Medical and sanitary report of the native army of Bengal for the year
Year: 1877
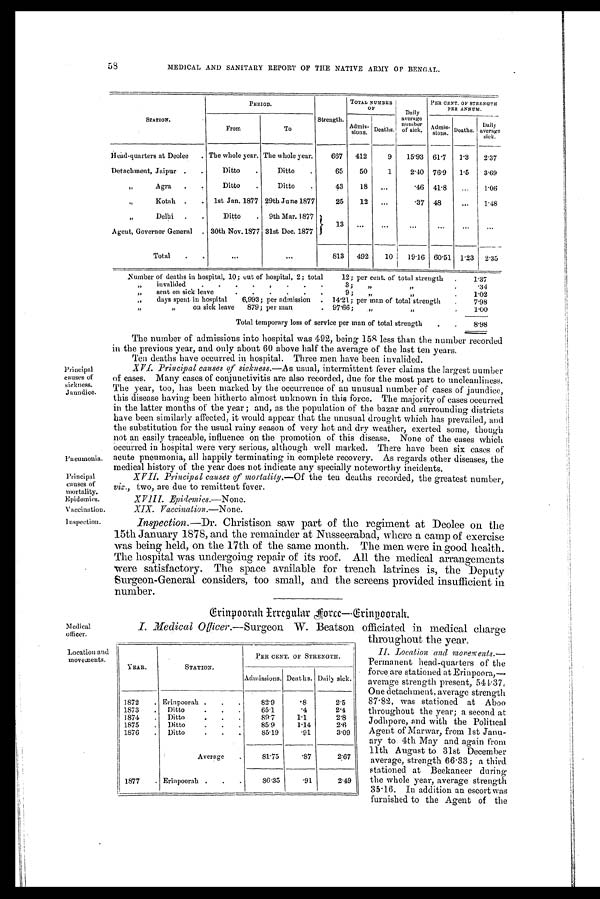
Principal
causes of
sickness.
Jaundice.
Pneumonia.
Principal
causes of
mortality.
Epidemics.
Vaccination.
Inspection.
Medical
officer.
YEAR.
STATION.
PER CENT. or STRENGTH.
Admissions. Deaths. Daily sick.
1872
.
Erinpoorah .
.
.
82.9
.8
2.5
1873
.
Ditto
. . .
65.1
.4
2.4
1874
.
Ditto
. . .
89.7
1.1
2.8
1875
.
Ditto
.
.
.
85.9
1.14
2.6
1876
.
Ditto
. . .
85.19
.91
3.09
Average
.
81.75
.87
2.67
1877
. Erinpoorah
.
.
.
86.35
.91
2.49
Location and
movements.
58
MEDICAL AND SANITARY REPORT OF THE NATIVE ARMY OF BENGAL.
STATION.
PERIOD.
Strength.
TOTAL NUMBER
OF
Daily
average
number
of sick.
PER CENT. OF STRENGTH
PER ANNUM.
From
To
Admis-
sions.
Deaths.
Admis-
sions.
Deaths.
Daily
average
sick.
Head-quarters at Deolee
. The whole year. The whole year.
667
412
9
15.93
61.7
1.3
2.37
Detachment, Jaipur
.
.
Ditto
.
Ditto
.
65
50
1
2.40
76.9
1.5
3.69
„
Agra
.
Ditto
.
Ditto
43
18
...
. 4 6
41.8
...
1.06
„
Kotah
.
.
1st Jan. 1877
29th June 1877
25
12
...
. 3 7
48
...
1.48
„
Delhi
.
.
Ditto
.
9th Mar. 1877
13
... ... ... ... ... ...
Agent, Governor General
.
30th Nov.1877 31st Dec. 1877
...
... ... ... ... ...
Total
.
.
... ...
813
492
10
19.16
60.51
1'23
2.35
Number of deaths in hospital, 10; out of hospital, 2; total
12; per cent. of total strength
.
1.37
„
invalided
.
.
.
.
.
.
.
.
3;
,, ,,
.
.34
„
sent on sick leave
.
.
.
.
.
.
9 ;
,,
,,
.
1.02
„
days spent in hospital
6,993; per admission
.
14.21; per man of total strength
.
7.98
„
„
on sick leave
879; per man
.
97.66;
,,
,
.
1.00
Total temporary loss of service per man of total strength
.
.
8.98
The number of admissions into hospital was 492, being 158 less than the number recorded
in the previous year, and only about 60 above half the average of the last ten years.
Ten deaths have occurred in hospital. Three men have been invalided.
XVI. Principal causes of sickness.—As usual, intermittent fever claims the largest number
of cases. Many cases of conjunctivitis are also recorded, due for the most part to uncleanliness.
The year, too, has been marked by the occurrence of an unusual number of cases of jaundice,
this disease having been hitherto almost unknown in this force. The majority of cases occurred
in the latter months of the year ; and, as the population of the bazar and surrounding districts
have been similarly affected, it would appear that the unusual drought which has prevailed, and
the substitution for the usual rainy season of very hot and dry weather, exerted some, though
not an easily traceable, influence on the promotion of this disease. None of the cases which
occurred in hospital were very serious, although well marked. There have been six cases of
acute pneumonia, all happily terminating in complete recovery. As regards other diseases, the
medical history of the year does not indicate any specially noteworthy incidents.
XVII. Principal causes of mortality.—Of the ten deaths recorded, the greatest number,
viz., two, are due to remittent fever.
XVIII. Epidemics.—None .
XIX. Vaccination.— None .
Inspection.—Dr. Christison saw part of the regiment at Deolee on the
15th January 1878, and the remainder at Nusseerabad, where a camp of exercise
was being held, on the 17th of the same month. The men were in good health.
The hospital was undergoing repair of its roof. All the medical arrangements
were satisfactory. The space available for trench latrines is, the Deputy
Surgeon-General considers, too small, and the screens provided insufficient in
number.
Grinpoorah Irregular Force—Grinpoorah.
I. Medical Officer .—Surgeon W. Beatson. officiated in medical charge
throughout the year.
II. Location and movements.—
Permanent head-quarters of the
force, are stationed at Erinpoora,—
average strength present, 544.37.
One detachment, average strength
87.82, was stationed at Aboo
throughout the year; a second at
Jodhpore, and with the Political
Agent of Marwar, from 1st Janu-
ary to. 4th May and again from
11th August to 31st December
average, strength 66.33; a third
stationed at Beekaneer during
the whole year, average strength
35.16. In addition an escort was
furnished to the Agent of the